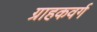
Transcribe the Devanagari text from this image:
ग्राहकवर्ग